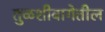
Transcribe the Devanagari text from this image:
तुळशीबागेतील